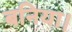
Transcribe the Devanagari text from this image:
बनिया।